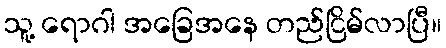
သူ့ ရောဂါ အခြေအနေ တည်ငြိမ်လာပြီ။